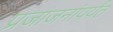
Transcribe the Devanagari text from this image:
प्रजाजनांपर्यंत